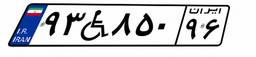
۹۳W۸۵۰۹۶